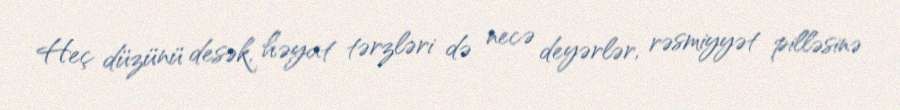
Heç düzünü desək, həyat tərzləri də necə deyərlər, rəsmiyyət pilləsinə